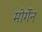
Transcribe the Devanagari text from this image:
मोर्गेन